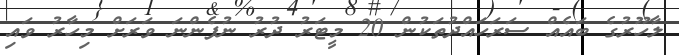
ލާހޫރުގެ ބައެއް ސަރަހައްދުތަކުން 20 މީޓަރު ދުރު ނުފެންނަ ވަރަށް މިހާރު ވައި